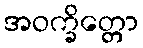
အဝက္ခိတ္တော